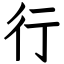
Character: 行